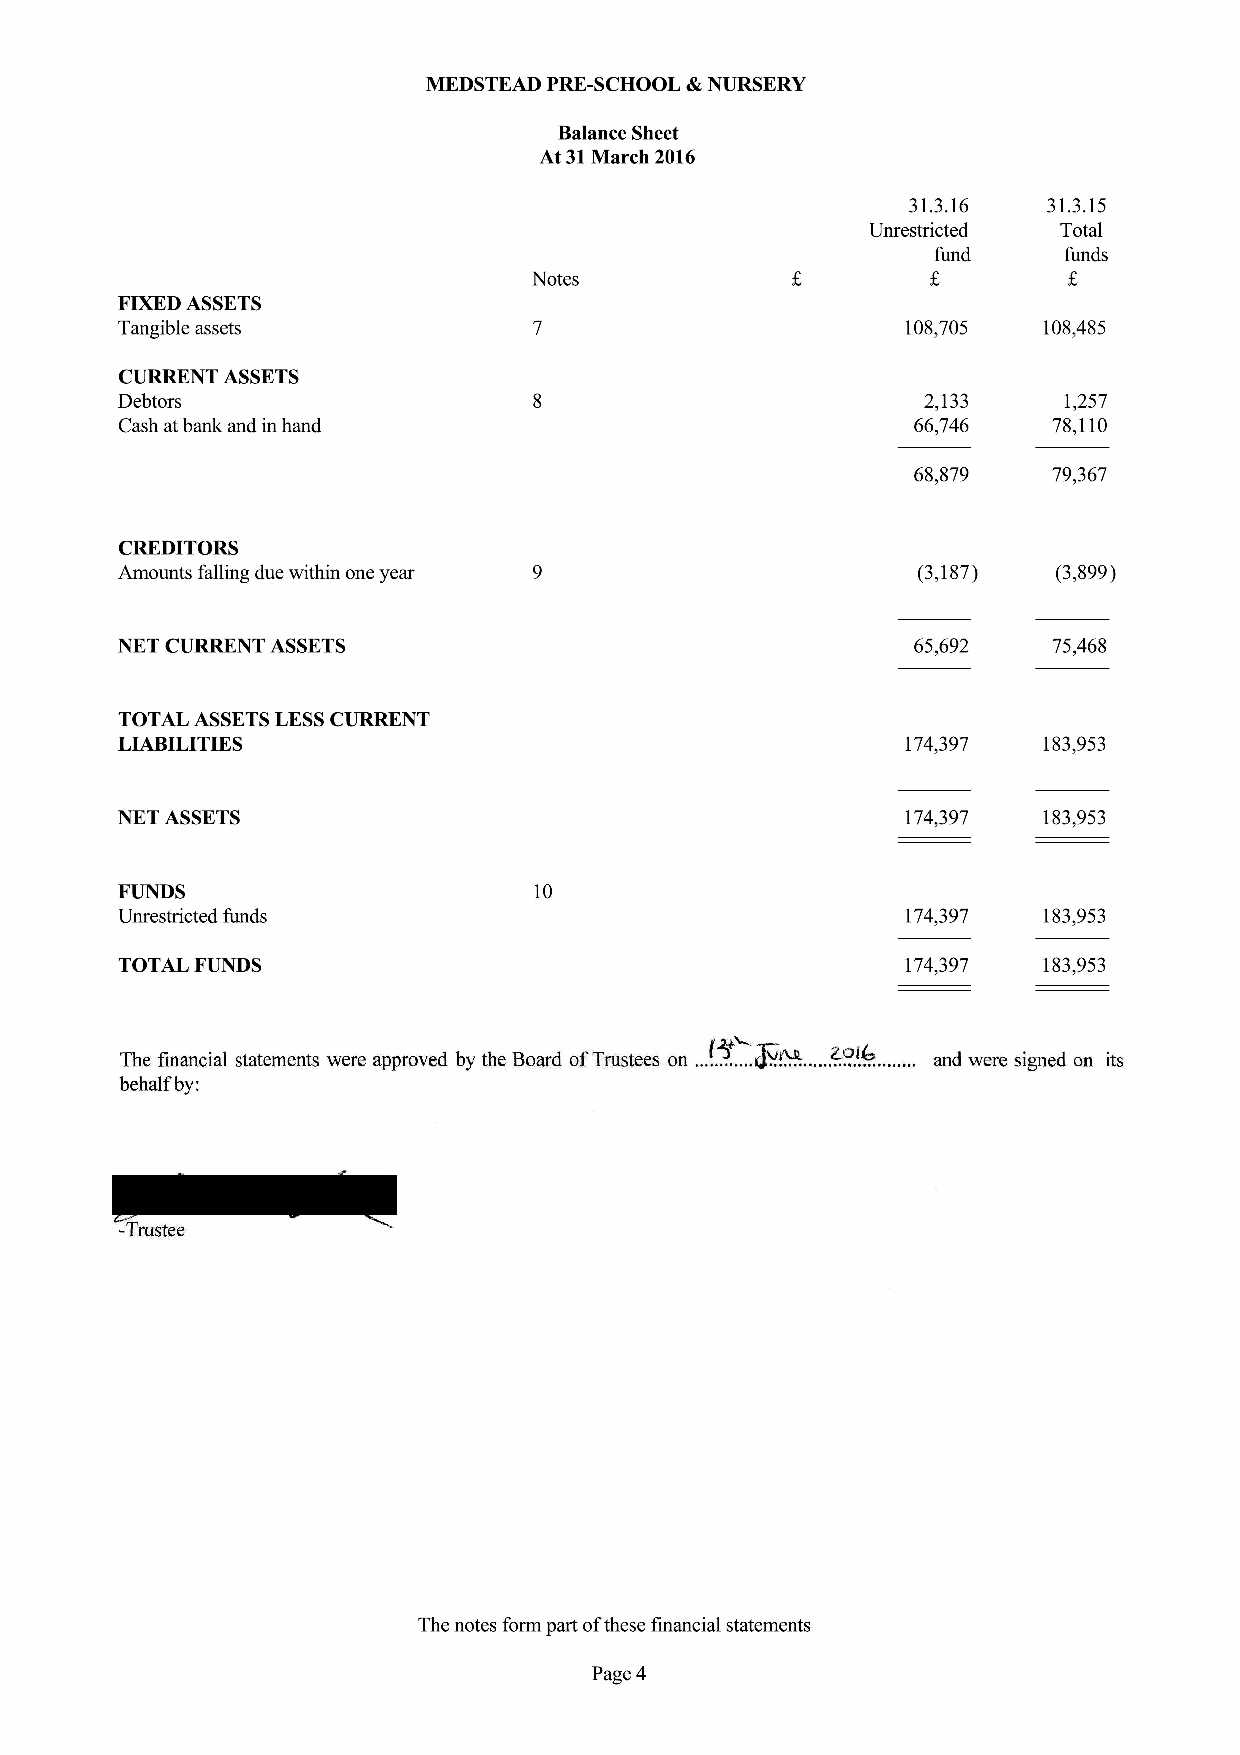
MEDSTEAD PRE-SCHOOL &NURSERY
 Balance Sheet
 At 31March 2016
 31.3.16  31.3.15
 Unrestricted Total
 fund    funds
 Notes
 FIXEDASSETS
 Tangible assets                                     108,705  108,485
 CURRENT ASSETS
 Debtors                                              2,133    1,257
 Cash atbank and in hand                              66,746   78,110
 68,879   79,367
 CREDITORS
 Amounts falling due within one year                  (3,187)  (3,899)
 NET CURRENT ASSETS                                   65,692   75,468
 TOTAL ASSETSLESSCURRENT
 LIABILITIES                                         174,397  183,953
 NET ASSETS                                          174,397  183,953
 FUNDS                      10
 Unrestricted funds                                  174,397  183,953
 TOTAL FUNDS                                         174,397  183,953
 The financial statements were approved by the Board ofTrustees on ............iI~~. .....~...Ik... ... .. and were signed on its
 behalf by:
 -Trustee
 The notes form part ofthese financial statements
 Page 4